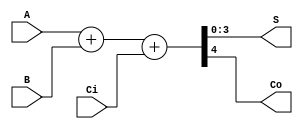
//--------------------------------------------------------------------
//
// Verilog for Digital Design
// Frank Vahid and Roman Lysecky
// Copyright (C) 2007
// 
// Chapter 4 - Datapath Components
//
//--------------------------------------------------------------------

`timescale 1 ns/1 ns

module adder_4b(A, B, Ci, S, Co);
    
   input [3:0] A, B;
   input Ci;
   output [3:0] S;
   reg [3:0] S;
   output Co;
   reg Co;
   
   reg [4:0] A5, B5, S5;
   
   always @(A, B, Ci) begin
      A5 = {1'b0, A}; 
      B5 = {1'b0, B};
      S5 = A5 + B5 + Ci;
      S  = S5[3:0];
      Co = S5[4]; 
   end
endmodule